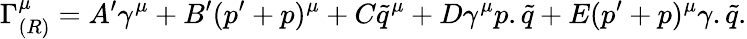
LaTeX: \Gamma_{(R)}^{\mu}=A^{\prime}\gamma^{\mu}+B^{\prime}(p^{\prime}+p)^{\mu}+C\tilde{q}^{\mu}+D\gamma^{\mu}p.\tilde{q}+E(p^{\prime}+p)^{\mu}\gamma.\tilde{q}.